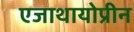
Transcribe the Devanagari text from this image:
एजाथायोप्रीन